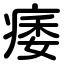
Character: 痿